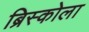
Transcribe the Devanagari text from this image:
ब्रिस्कोला